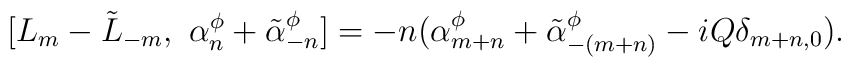
[L_m-\tilde{L}_{-m},~ \alpha^{\phi}_n + \tilde{\alpha}^{\phi}_{-n}]= - n (\alpha^{\phi}_{m+n} + \tilde{\alpha}^{\phi}_{-(m+n)}    -iQ\delta_{m+n,0} ).